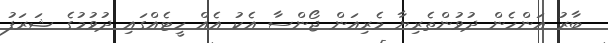
ބާރު އަންހެން ދުވުންތެރިޔާ މެރިއަން ޖޯންސާ އެކު އެއް ހީޓެއްގައި ދުވުމުގެ ޝަރަފު